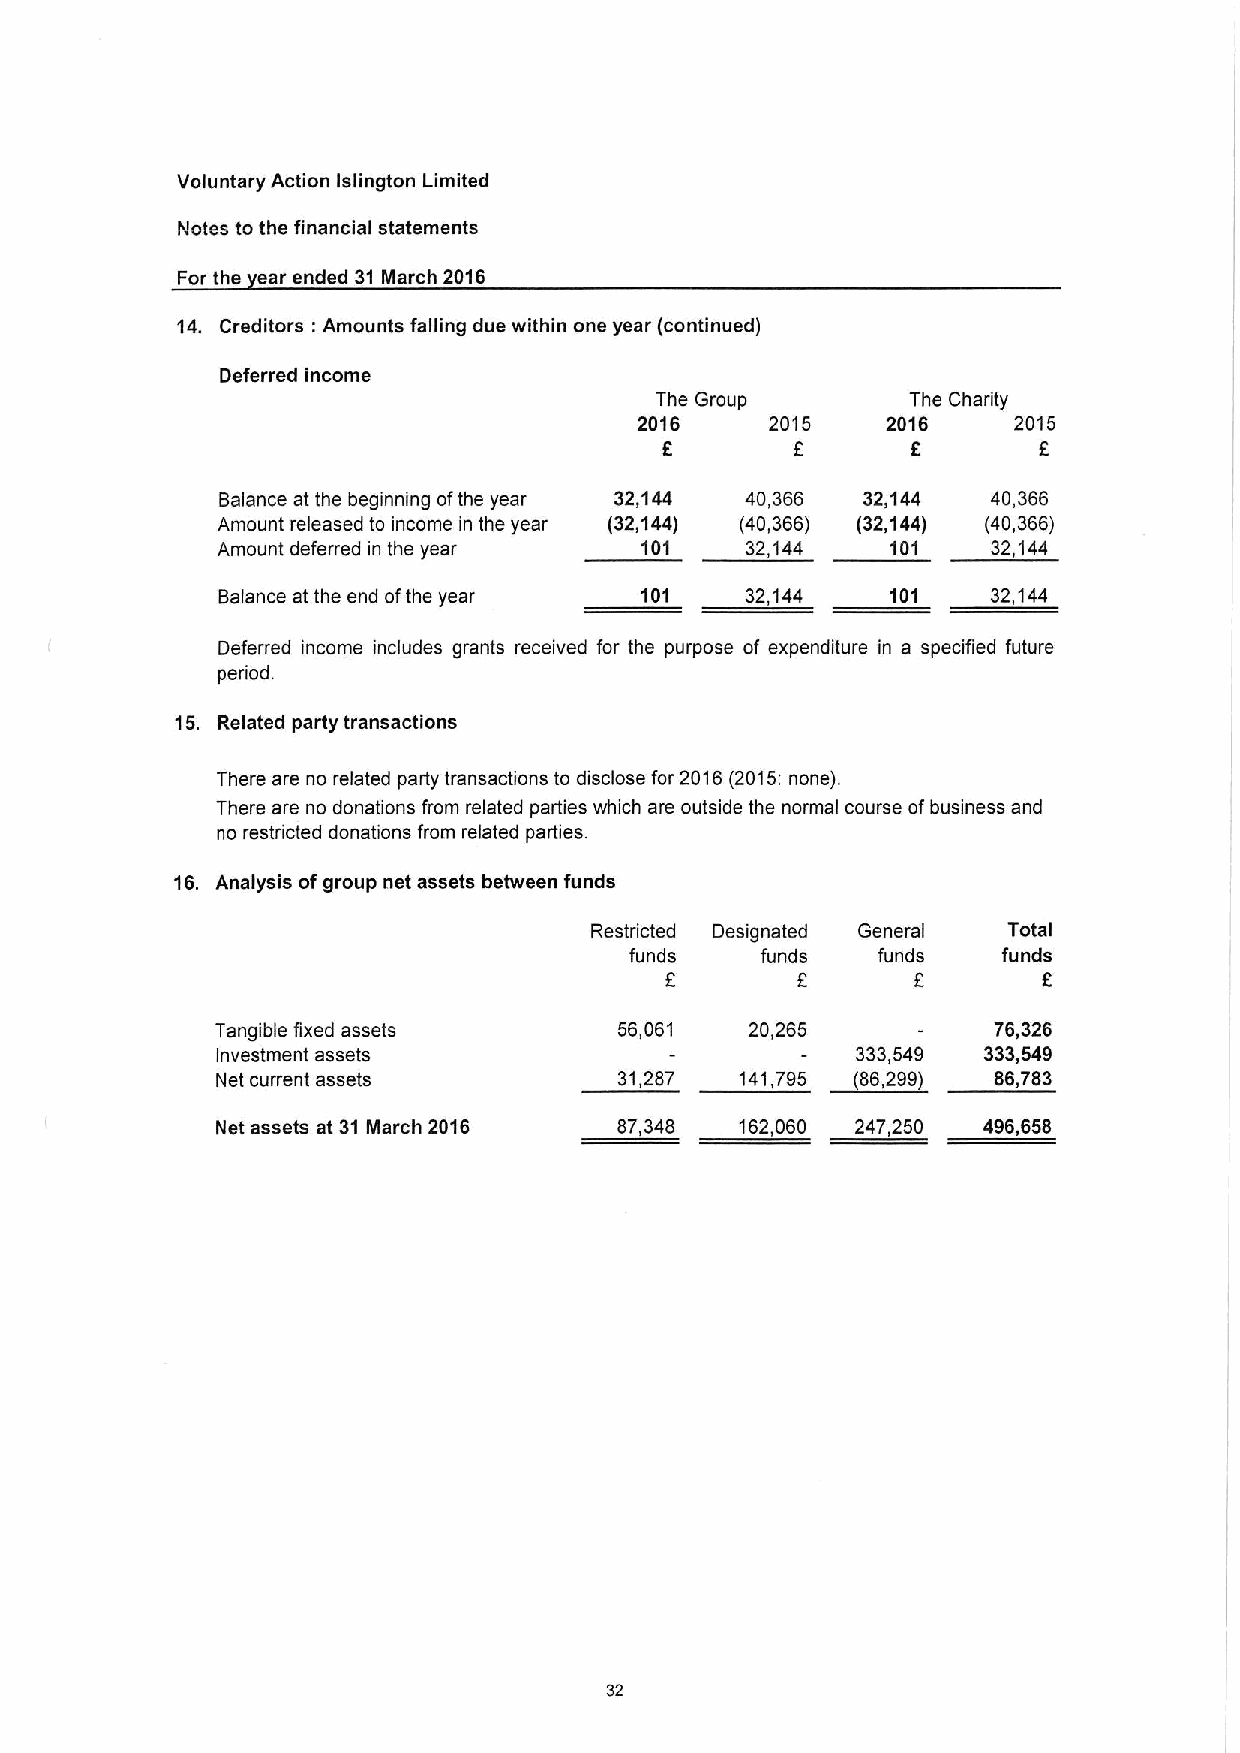
Voluntary Action Islington Limited
 Notes to the financial statements
 For the ear ended 31 March 2016
 14. Creditors: Amounts falling due within one year (continued)
 Deferred income
 The Group        The Charity
 2016     2015    2016    2015
 f        f      f        f
 Balance at the beginning ofthe year 32,144 40,366 32,144 40,366
 Amount released to income in the year (32,144) (40,366) (32,144) (40,366)
 Amount deferred in the year 101    32,144    101    32,144
 Balance at the end ofthe year 101  32,144    101    32,144
 Deferred income includes grants received for the purpose of expenditure in a specified future
 period.
 15. Related party transactions
 There are no related party transactions to disclose for 2016(2015:none).
 There are no donations from related parties which are outside the normal course ofbusiness and
 no restricted donations from related parties
 16. Analysis ofgroup net assets between funds
 Restricted Designated General Total
 funds   funds   funds   funds
 f
 Tangible fixed assets      56,061   20,265          76,326
 Investment assets                          333,549 333,549
 Net current assets         31,287  141,798 ~86, 2991 86,783
 Net assets at 31 March 2016 87,348 162,060 247,250 496,658
 32